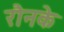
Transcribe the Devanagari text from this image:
रौनके